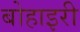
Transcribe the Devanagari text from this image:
बोहाइरी